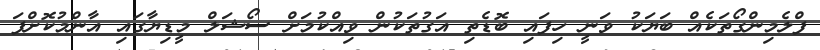
ފްލެމިންގޯތަކެއް ބަޔަކު ވަނީ ހިފައި ބޮޑެތި އަގުތަކުން ވިއްކުމަށް ސޯޝަލް މީޑިޔާގައި އާންމުކޮށްފަ